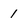
Character: 1